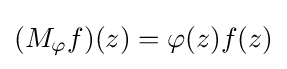
(M_{\varphi }f)(z)=\varphi (z)f(z)